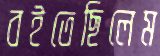
বইতেছিলেম